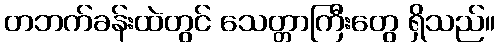
တဘက်ခန်းထဲတွင် သေတ္တာကြီးတွေ ရှိသည်။